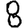
Digit: 8